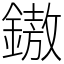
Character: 𨫼